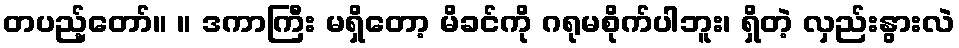
တပည့်တော်။ ။ ဒကာကြီး မရှိတော့ မိခင်ကို ဂရုမစိုက်ပါဘူး၊ ရှိတဲ့ လှည်းနွားလဲ